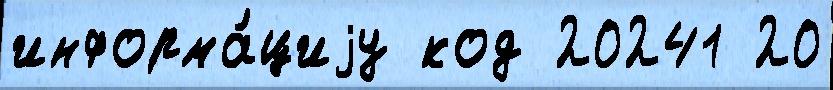
информа́циjу код 20241 20